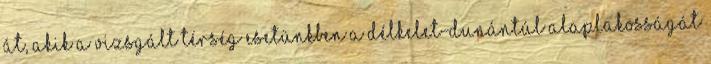
át, akik a vizsgált térség esetünkben a Délkelet-Dunántúl alaplakosságát